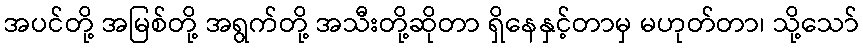
အပင်တို့ အမြစ်တို့ အရွက်တို့ အသီးတို့ဆိုတာ ရှိနေနှင့်တာမှ မဟုတ်တာ၊ သို့သော်